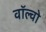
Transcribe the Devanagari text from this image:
वाॅल्वो